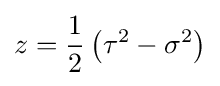
z={\frac {1}{2}}\left(\tau ^{2}-\sigma ^{2}\right)